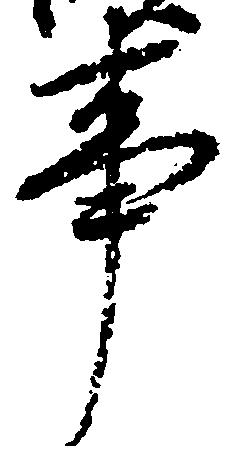
事